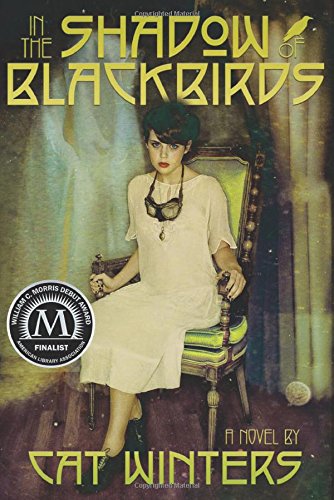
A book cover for In the Shadow of Blackbirds; Cat Winters; Teen & Young Adult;